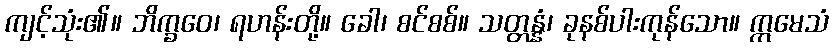
ကျင့်သုံး၏။ ဘိက္ခဝေ၊ ရဟန်းတို့။ ခေါ၊ စင်စစ်။ သတ္တန္နံ၊ ခုနစ်ပါးကုန်သော။ ဣမေသံ